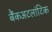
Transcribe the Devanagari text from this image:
बैंकअटलांटिक